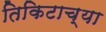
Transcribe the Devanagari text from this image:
तिकिटाच्या